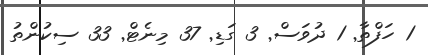
1 ހަފްތާ